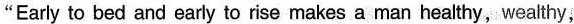
"Early to bed and early to rise makes a man healthy, wealthy,